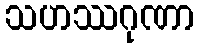
သဟဿဂုဏာ